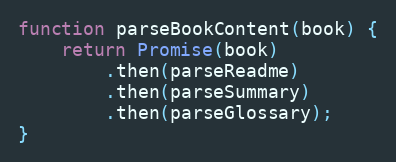
Language: JavaScript
function parseBookContent(book) {
    return Promise(book)
        .then(parseReadme)
        .then(parseSummary)
        .then(parseGlossary);
}